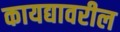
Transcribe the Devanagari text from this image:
कायद्यावरील